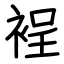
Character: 裎